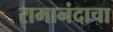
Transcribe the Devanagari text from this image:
रामानंदाचा